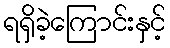
ရရှိခဲ့ကြောင်းနှင့်